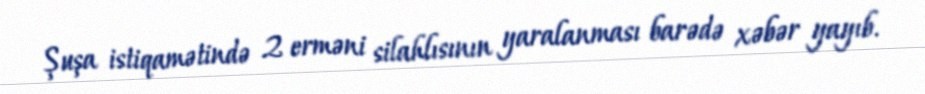
Şuşa istiqamətində 2 erməni silahlısının yaralanması barədə xəbər yayıb.